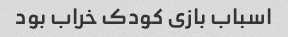
اسباب بازی کودک خراب بود